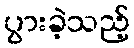
ပွားခဲ့သည့်